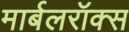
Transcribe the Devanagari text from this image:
मार्बलरॉक्स